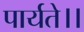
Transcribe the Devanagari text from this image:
पार्यते।।